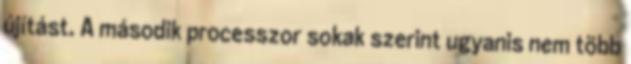
újítást. A második processzor sokak szerint ugyanis nem több